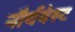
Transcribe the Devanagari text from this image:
नौर्थवेस्ट